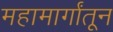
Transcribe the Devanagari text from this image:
महामार्गांतून